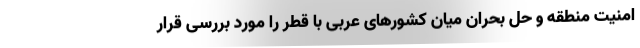
امنیت منطقه و حل بحران میان کشورهای عربی با قطر را مورد بررسی قرار